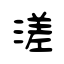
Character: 溠